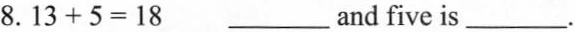
8.$$1 3 + 5 = 1 8$$ ___ and five is___.